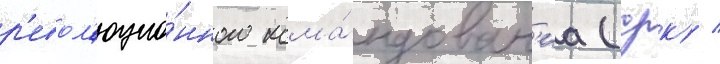
р'евол'юцио́нного кома́ндован'иа (срк) /